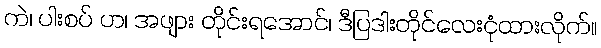
ကဲ၊ ပါးစပ် ဟ၊ အဖျား တိုင်းရအောင်၊ ဒီပြဒါးတိုင်လေးငုံထားလိုက်။